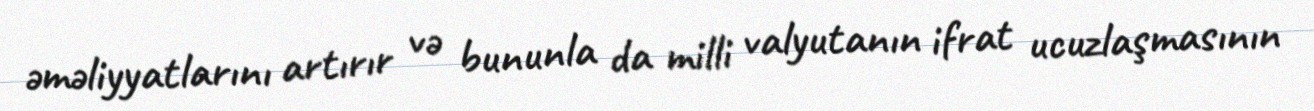
əməliyyatlarını artırır və bununla da milli valyutanın ifrat ucuzlaşmasının